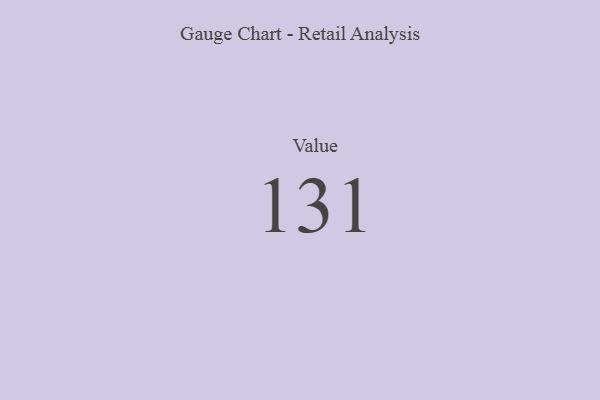
{"axis": {"x": "Metric", "y": "Value"}, "legend": [""], "data": [{"x": "Value", "y": 131, "type": ""}]}